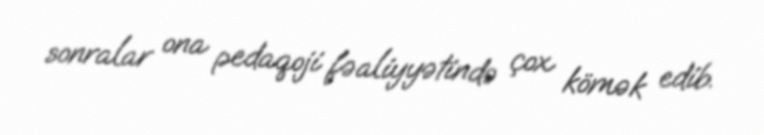
sonralar ona pedaqoji fəaliyyətində çox kömək edib.